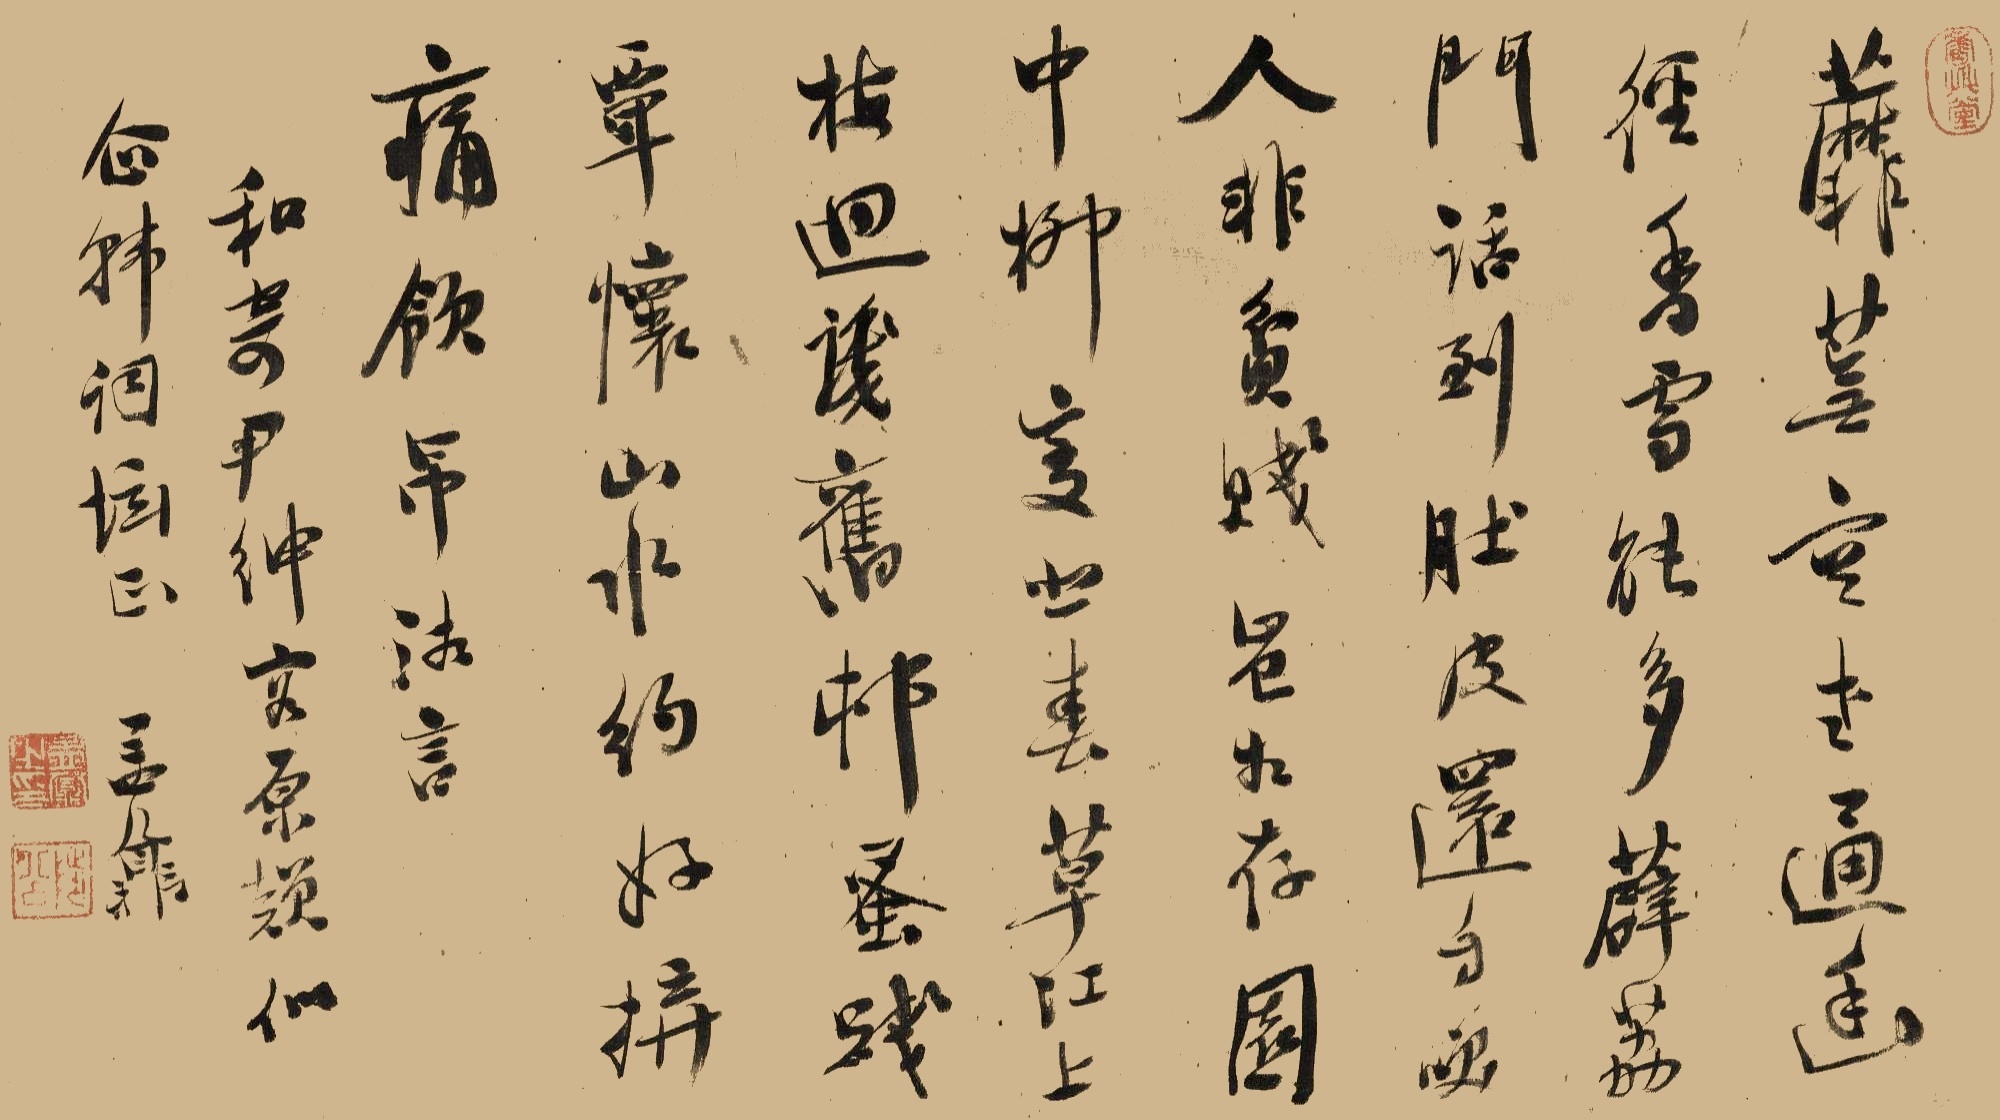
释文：蘼芜空老通幽径，香雪能多薜荔门。话到肚皮还自笑，人非贫贱岂相存。园中柳变悲春草，江上梅回识旧村。蚤践覃怀山水约，好弄痛饮吊湘言。和寄尹绅容原韵，似企韩词坛正。孟鼐。